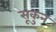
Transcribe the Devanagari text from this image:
सूकुन